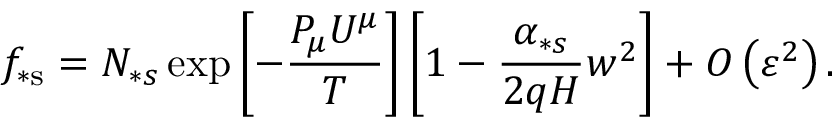
f _ { \ast \mathrm { s } } = N _ { \ast s } \exp \left[ - \frac { P _ { \mu } U ^ { \mu } } { T } \right] \left[ 1 - \frac { \alpha _ { \ast s } } { 2 q H } w ^ { 2 } \right] + O \left( \varepsilon ^ { 2 } \right) .